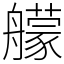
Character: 艨